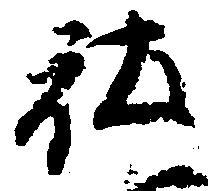
社